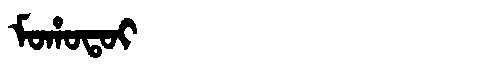
Manchu: ᠮᠣᡥᠣᡨᠣᡳ
Romanization: MOHOTOI